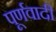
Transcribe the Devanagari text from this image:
पूर्णवादी